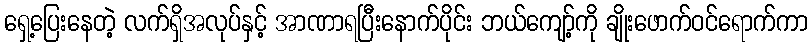
ရှေ့ပြေးနေတဲ့ လက်ရှိအလုပ်နှင့် အာဏာရပြီးနောက်ပိုင်း ဘယ်ကျော့်ကို ချိုးဖောက်ဝင်ရောက်ကာ